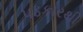
પડકારથી